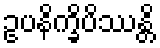
ဥပနိက္ခိပိဿန္တိ